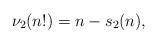
LaTeX: \begin{align*}\nu_{2}(n!) = n - s_{2}(n),\end{align*}